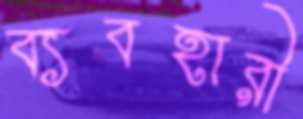
ব্যবহারী